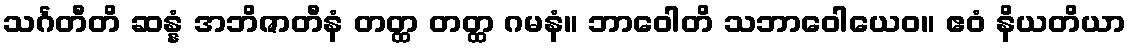
သင်္ဂတီတိ ဆန္နံ အဘိဇာတီနံ တတ္ထ တတ္ထ ဂမနံ။ ဘာဝေါတိ သဘာဝေါယေဝ။ ဧဝံ နိယတိယာ